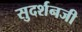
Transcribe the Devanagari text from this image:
सुदर्शनजी